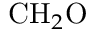
\mathrm { C H } _ { 2 } \mathrm { O }